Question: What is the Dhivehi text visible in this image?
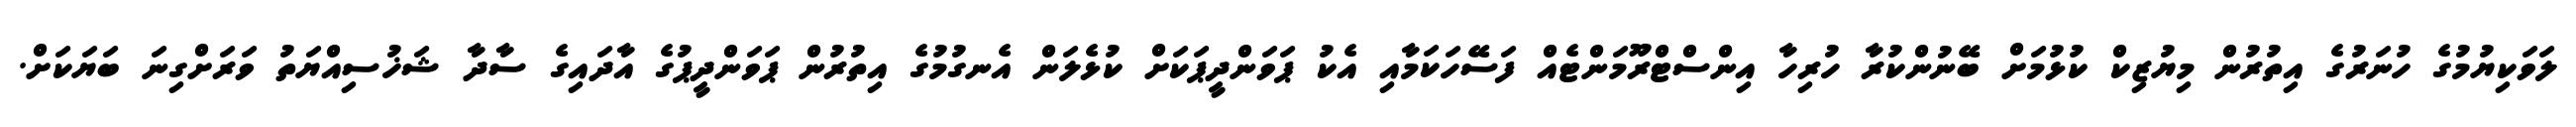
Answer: ލަވަކިޔުމުގެ ހުނަރުގެ އިތުރުން މިޔުޒިކް ކުޅުމަށް ބޭނުންކުރާ ހުރިހާ އިންސްޓްރޫމަންޓެއް ފަސޭހަކަމާއި އެކު ޕަވަންދީޕަކަށް ކުޅެލަން އެނގުމުގެ އިތުރުން ޕަވަންދީޕުގެ އާދައިގެ ސާދާ ޝަޚުސިއްޔަތު ވަރަށްގިނަ ބަޔަކަށް.